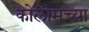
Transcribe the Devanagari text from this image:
कोलामच्या